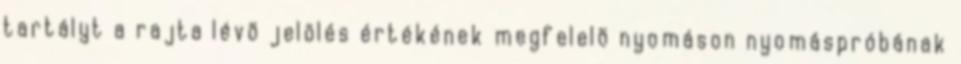
tartályt a rajta lévõ jelölés értékének megfelelõ nyomáson nyomáspróbának